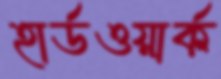
হার্ডওয়ার্ক